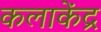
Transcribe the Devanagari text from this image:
कलाकेंद्र